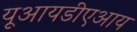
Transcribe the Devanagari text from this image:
यूआयडीएआय